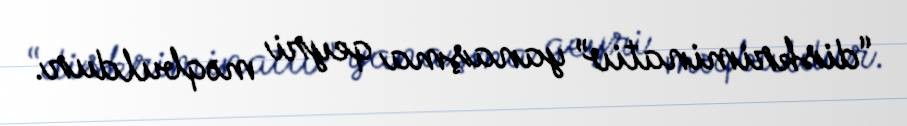
“diskriminativ” yanaşma qeyri məqbuldur.